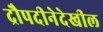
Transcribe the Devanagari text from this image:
द्रौपदीनेदेखील